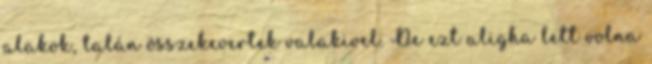
alakok, talán összekevertek valakivel. De ezt aligha lett volna